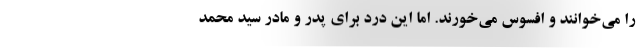
را می‌خوانند و افسوس می‌خورند. اما این درد برای پدر و مادر سید محمد